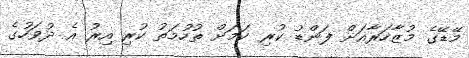
މޭޑޭގެ މުޒާހަރާއަށް ފަންޑު ކުރި ކަމަށް ތުހުމަތު ކުރި އިރު އެ ދުވަހުގެ